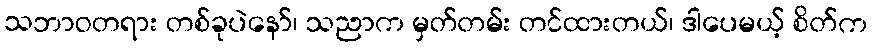
သဘာဝတရား တစ်ခုပဲနော်၊ သညာက မှတ်တမ်း တင်ထားတယ်၊ ဒါပေမယ့် စိတ်က